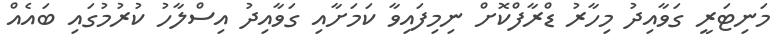
މަނިޓަރީ ގަވާއިދު މިހާރު ޑްރާފްކޮށް ނިމިފައިވާ ކަމަށާއި ގަވާއިދު އިސްލާހު ކުރުމުގައި ބައެއް